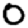
Digit: 0